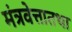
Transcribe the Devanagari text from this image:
मंत्रवेत्तातथा